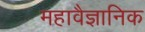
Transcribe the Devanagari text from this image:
महावैज्ञानिक